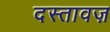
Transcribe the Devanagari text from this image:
दस्तावज़